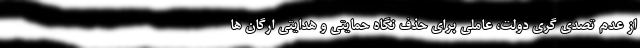
از عدم تصدی گری دولت، عاملی برای حذف نگاه حمایتی و هدایتی ارگان ها